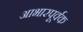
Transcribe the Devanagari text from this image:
आभारपूर्वक